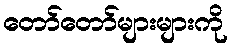
တော်တော်များများကို